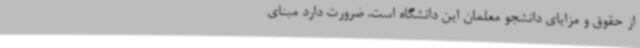
از حقوق و مزایای دانشجو معلمان این دانشگاه است. ضرورت دارد مبنای